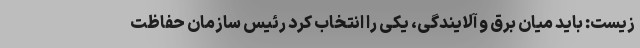
زیست: باید میان برق و آلایندگی، یکی را انتخاب کرد رئیس سازمان حفاظت